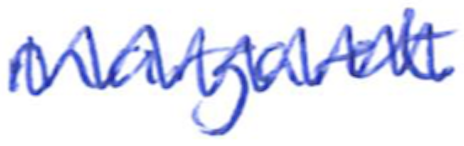
Text: Margaret
Cross-out: zig-zag
Writing tool: ballpoint